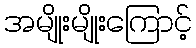
အမျိုးမျိုးကြောင့်